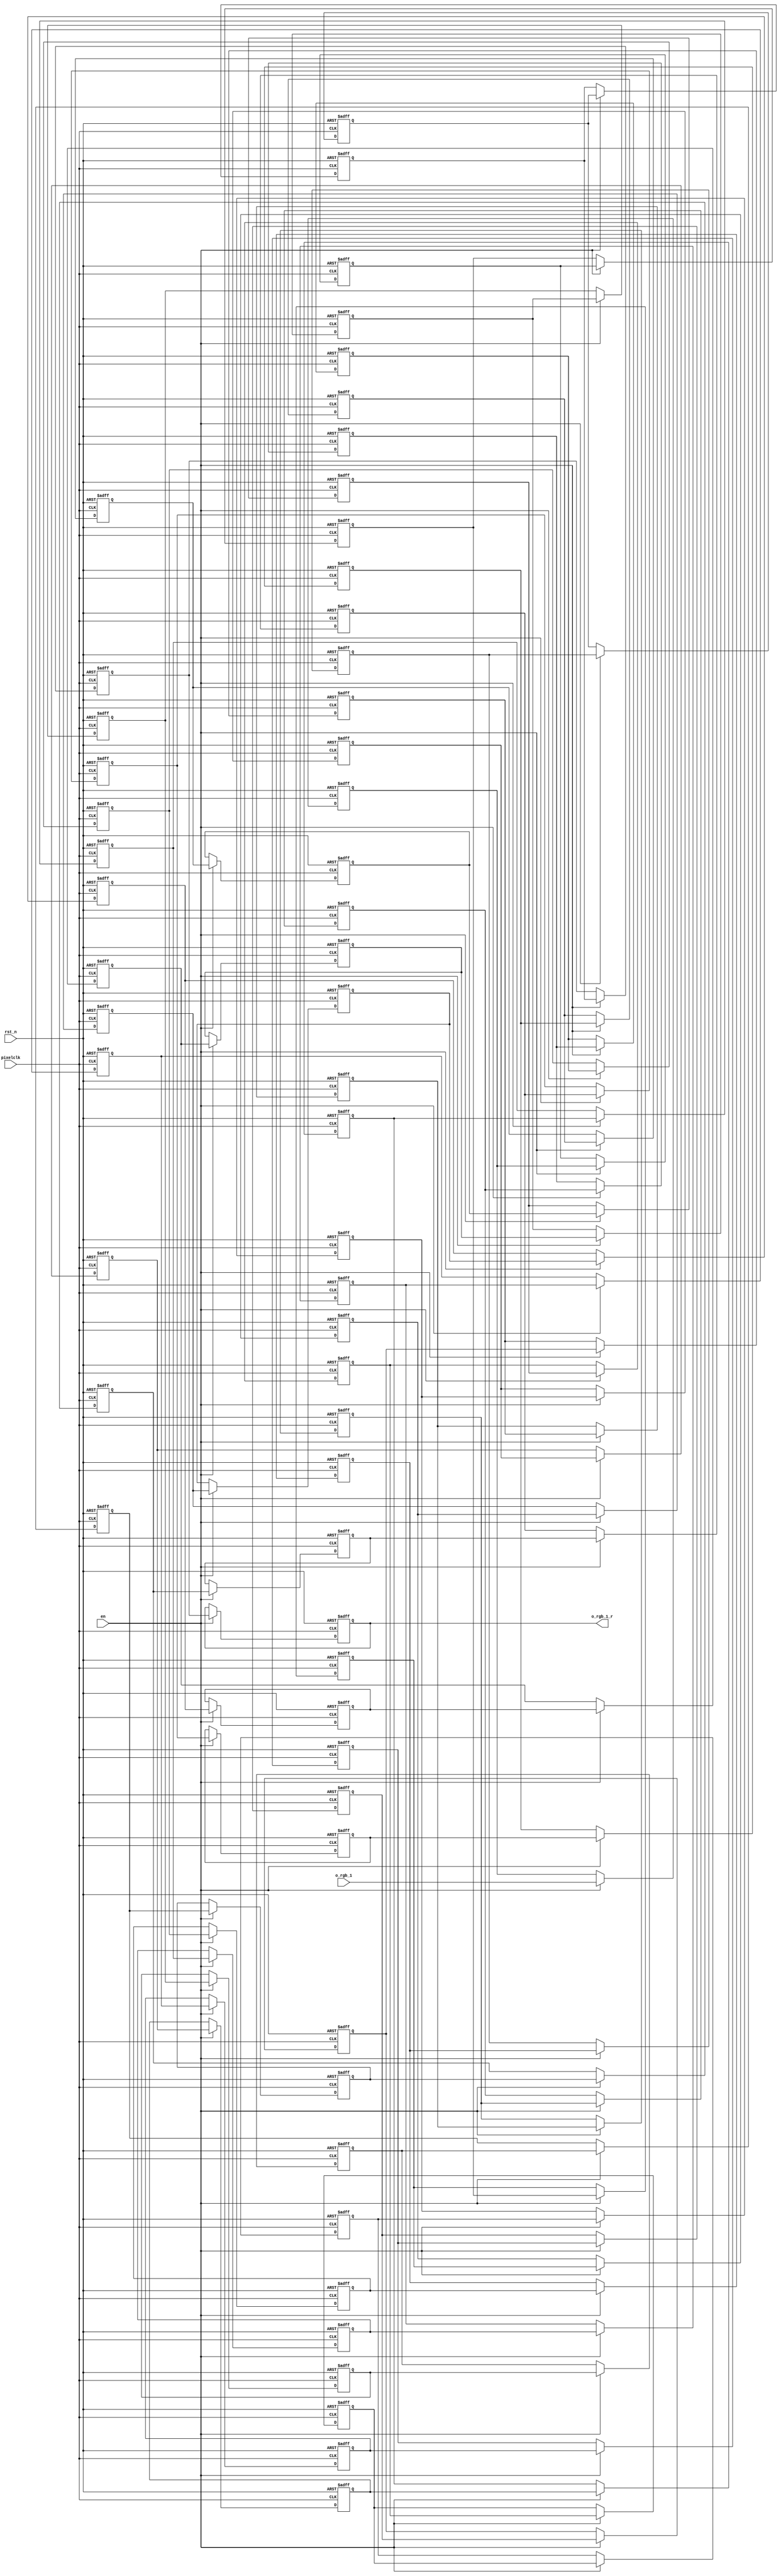
module delay(
input					pixelclk,
input                   rst_n,
input                   en,
input       [23:0]      o_rgb_1,

output  reg [23:0]     o_rgb_1_r
   );
reg [23:0] o_rgb_1_0;
reg [23:0] o_rgb_1_1;
reg [23:0] o_rgb_1_2;
reg [23:0] o_rgb_1_3;
reg [23:0] o_rgb_1_4;
reg [23:0] o_rgb_1_5;
reg [23:0] o_rgb_1_6;
reg [23:0] o_rgb_1_7;
reg [23:0] o_rgb_1_8;
reg [23:0] o_rgb_1_9;
reg [23:0] o_rgb_1_10;
reg [23:0] o_rgb_1_11;
reg [23:0] o_rgb_1_12;
reg [23:0] o_rgb_1_13;
reg [23:0] o_rgb_1_14;
reg [23:0] o_rgb_1_15;
reg [23:0] o_rgb_1_16;
reg [23:0] o_rgb_1_17;
reg [23:0] o_rgb_1_18;
reg [23:0] o_rgb_1_19;
reg [23:0] o_rgb_1_20;
reg [23:0] o_rgb_1_21;
reg [23:0] o_rgb_1_22;
reg [23:0] o_rgb_1_23;
reg [23:0] o_rgb_1_24;
reg [23:0] o_rgb_1_25;
reg [23:0] o_rgb_1_26;
reg [23:0] o_rgb_1_27;
reg [23:0] o_rgb_1_28;
reg [23:0] o_rgb_1_29;
reg [23:0] o_rgb_1_30;
reg [23:0] o_rgb_1_31;
reg [23:0] o_rgb_1_32;
reg [23:0] o_rgb_1_33;
reg [23:0] o_rgb_1_34;
reg [23:0] o_rgb_1_35;
reg [23:0] o_rgb_1_36;
reg [23:0] o_rgb_1_37;
reg [23:0] o_rgb_1_38;
reg [23:0] o_rgb_1_39;
reg [23:0] o_rgb_1_40;
reg [23:0] o_rgb_1_41;
reg [23:0] o_rgb_1_42;
reg [23:0] o_rgb_1_43;
reg [23:0] o_rgb_1_44;
reg [23:0] o_rgb_1_45;
reg [23:0] o_rgb_1_46;
reg [23:0] o_rgb_1_47;
reg [23:0] o_rgb_1_48;
reg [23:0] o_rgb_1_49;
reg [23:0] o_rgb_1_50;
reg [23:0] o_rgb_1_51;
reg [23:0] o_rgb_1_52;
reg [23:0] o_rgb_1_53;
reg [23:0] o_rgb_1_54;
reg [23:0] o_rgb_1_55;
reg [23:0] o_rgb_1_56;
reg [23:0] o_rgb_1_57;
reg [23:0] o_rgb_1_58;
reg [23:0] o_rgb_1_59;



always@(posedge pixelclk or negedge rst_n)
begin
   if(!rst_n) begin
     o_rgb_1_0<=0;
     o_rgb_1_1<=0;
     o_rgb_1_2<=0;
     o_rgb_1_3<=0; 
     o_rgb_1_4<=0;
     o_rgb_1_5<=0;
     o_rgb_1_6<=0;      
     o_rgb_1_7<=0;
     o_rgb_1_8<=0;
     o_rgb_1_9<=0; 
     o_rgb_1_10<=0;
     o_rgb_1_11<=0;
     o_rgb_1_12<=0;
     o_rgb_1_13<=0; 
     o_rgb_1_14<=0;
     o_rgb_1_15<=0;
     o_rgb_1_16<=0;
     o_rgb_1_17<=0;
     o_rgb_1_18<=0;
     o_rgb_1_19<=0;
     o_rgb_1_20<=0;
     o_rgb_1_21<=0;
     o_rgb_1_22<=0;
     o_rgb_1_23<=0;
     o_rgb_1_24<=0;
     o_rgb_1_25<=0;
     o_rgb_1_26<=0;
     o_rgb_1_27<=0;
     o_rgb_1_28<=0;
     o_rgb_1_29<=0;
     o_rgb_1_30<=0;
     o_rgb_1_31<=0;
     o_rgb_1_32<=0;
     o_rgb_1_33<=0;
     o_rgb_1_34<=0;
     o_rgb_1_35<=0;
     o_rgb_1_36<=0;
     o_rgb_1_37<=0;
     o_rgb_1_38<=0;
     o_rgb_1_39<=0; 
     o_rgb_1_40<=0;
     o_rgb_1_41<=0;
     o_rgb_1_42<=0;
     o_rgb_1_43<=0;
     o_rgb_1_44<=0;
     o_rgb_1_45<=0;
     o_rgb_1_46<=0;
     o_rgb_1_47<=0;
     o_rgb_1_48<=0;
     o_rgb_1_49<=0;
     o_rgb_1_50<=0;
     o_rgb_1_51<=0;
     o_rgb_1_52<=0;
     o_rgb_1_53<=0;
     o_rgb_1_54<=0;
     o_rgb_1_55<=0;
     o_rgb_1_56<=0;
     o_rgb_1_57<=0;
     o_rgb_1_58<=0; 
     o_rgb_1_r<=0;
 end
   else if(en) begin
     o_rgb_1_r<=o_rgb_1_55;
     o_rgb_1_55<=o_rgb_1_54;
     o_rgb_1_54<=o_rgb_1_53;
     o_rgb_1_53<=o_rgb_1_52;
     o_rgb_1_52<=o_rgb_1_51;
     o_rgb_1_51<=o_rgb_1_50;
     o_rgb_1_50<=o_rgb_1_49;
     o_rgb_1_49<=o_rgb_1_48;
     o_rgb_1_48<=o_rgb_1_47;
     o_rgb_1_47<=o_rgb_1_46;
     o_rgb_1_46<=o_rgb_1_45;
     o_rgb_1_45<=o_rgb_1_44;
     o_rgb_1_44<=o_rgb_1_43;
     o_rgb_1_43<=o_rgb_1_42;
     o_rgb_1_42<=o_rgb_1_41;
     o_rgb_1_41<=o_rgb_1_40;
     o_rgb_1_40<=o_rgb_1_39;
     o_rgb_1_39<=o_rgb_1_38;
     o_rgb_1_38<=o_rgb_1_37;
     o_rgb_1_37<=o_rgb_1_36;
     o_rgb_1_36<=o_rgb_1_35;
     o_rgb_1_35<=o_rgb_1_34;
     o_rgb_1_34<=o_rgb_1_33;
     o_rgb_1_33<=o_rgb_1_32;
     o_rgb_1_32<=o_rgb_1_31;
     o_rgb_1_31<=o_rgb_1_30;
     o_rgb_1_30<=o_rgb_1_29;
     o_rgb_1_29<=o_rgb_1_28;
     o_rgb_1_28<=o_rgb_1_27;
     o_rgb_1_27<=o_rgb_1_26;
     o_rgb_1_26<=o_rgb_1_25;
     o_rgb_1_25<=o_rgb_1_24;
     o_rgb_1_24<=o_rgb_1_23;
     o_rgb_1_23<=o_rgb_1_22;
     o_rgb_1_22<=o_rgb_1_21;
     o_rgb_1_21<=o_rgb_1_20;
     o_rgb_1_20<=o_rgb_1_19;
     o_rgb_1_19<=o_rgb_1_18;
     o_rgb_1_18<=o_rgb_1_17;
     o_rgb_1_17<=o_rgb_1_16;
     o_rgb_1_16<=o_rgb_1_15;
     o_rgb_1_15<=o_rgb_1_14;
     o_rgb_1_14<=o_rgb_1_13;
     o_rgb_1_13<=o_rgb_1_12;
     o_rgb_1_12<=o_rgb_1_11;
     o_rgb_1_11<=o_rgb_1_10;
     o_rgb_1_10<=o_rgb_1_9;
     o_rgb_1_9<=o_rgb_1_8;
     o_rgb_1_8<=o_rgb_1_7;
     o_rgb_1_7<=o_rgb_1_6;
     o_rgb_1_6<=o_rgb_1_5;
     o_rgb_1_5<=o_rgb_1_4;
     o_rgb_1_4<=o_rgb_1_3;
     o_rgb_1_3<=o_rgb_1_2;
     o_rgb_1_2<=o_rgb_1_1;
     o_rgb_1_1<=o_rgb_1_0;
     o_rgb_1_0<=o_rgb_1;
end
end

endmodule